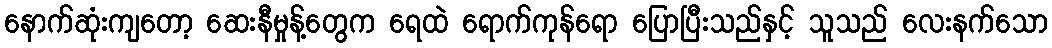
နောက်ဆုံးကျတော့ ဆေးနီမှုန့်တွေက ရေထဲ ရောက်ကုန်ရော ပြောပြီးသည်နှင့် သူသည် လေးနက်သော